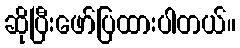
ဆိုပြီးဖော်ပြထားပါတယ်။